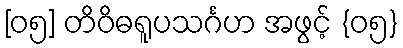
[၀၅] တိဝိဓရူပသင်္ဂဟ အဖွင့် {၀၅}